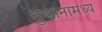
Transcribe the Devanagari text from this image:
तुफानांमध्ये